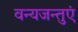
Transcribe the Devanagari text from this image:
वन्यजन्तुएं